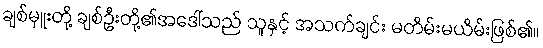
ချစ်မှူးတို့ ချစ်ဦးတို့၏အဒေါ်သည် သူနှင့် အသက်ချင်း မတိမ်းမယိမ်းဖြစ်၏။